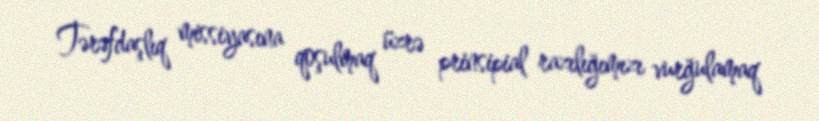
Tərəfdaşlıq missiyasına qoşulmaq üzrə prinsipial razılığımızı vurğulamaq